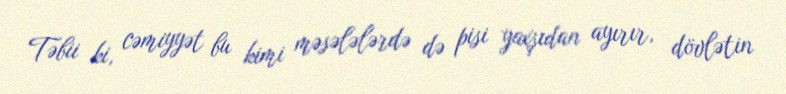
Təbii ki, cəmiyyət bu kimi məsələlərdə də pisi yaxşıdan ayırır, dövlətin